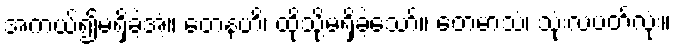
အကယ်၍မရှိခဲ့အံ့။ တေနဟိ၊ ထိုသို့မရှိခဲ့သော်။ တေမာသံ၊ သုံးလပတ်လုံး။